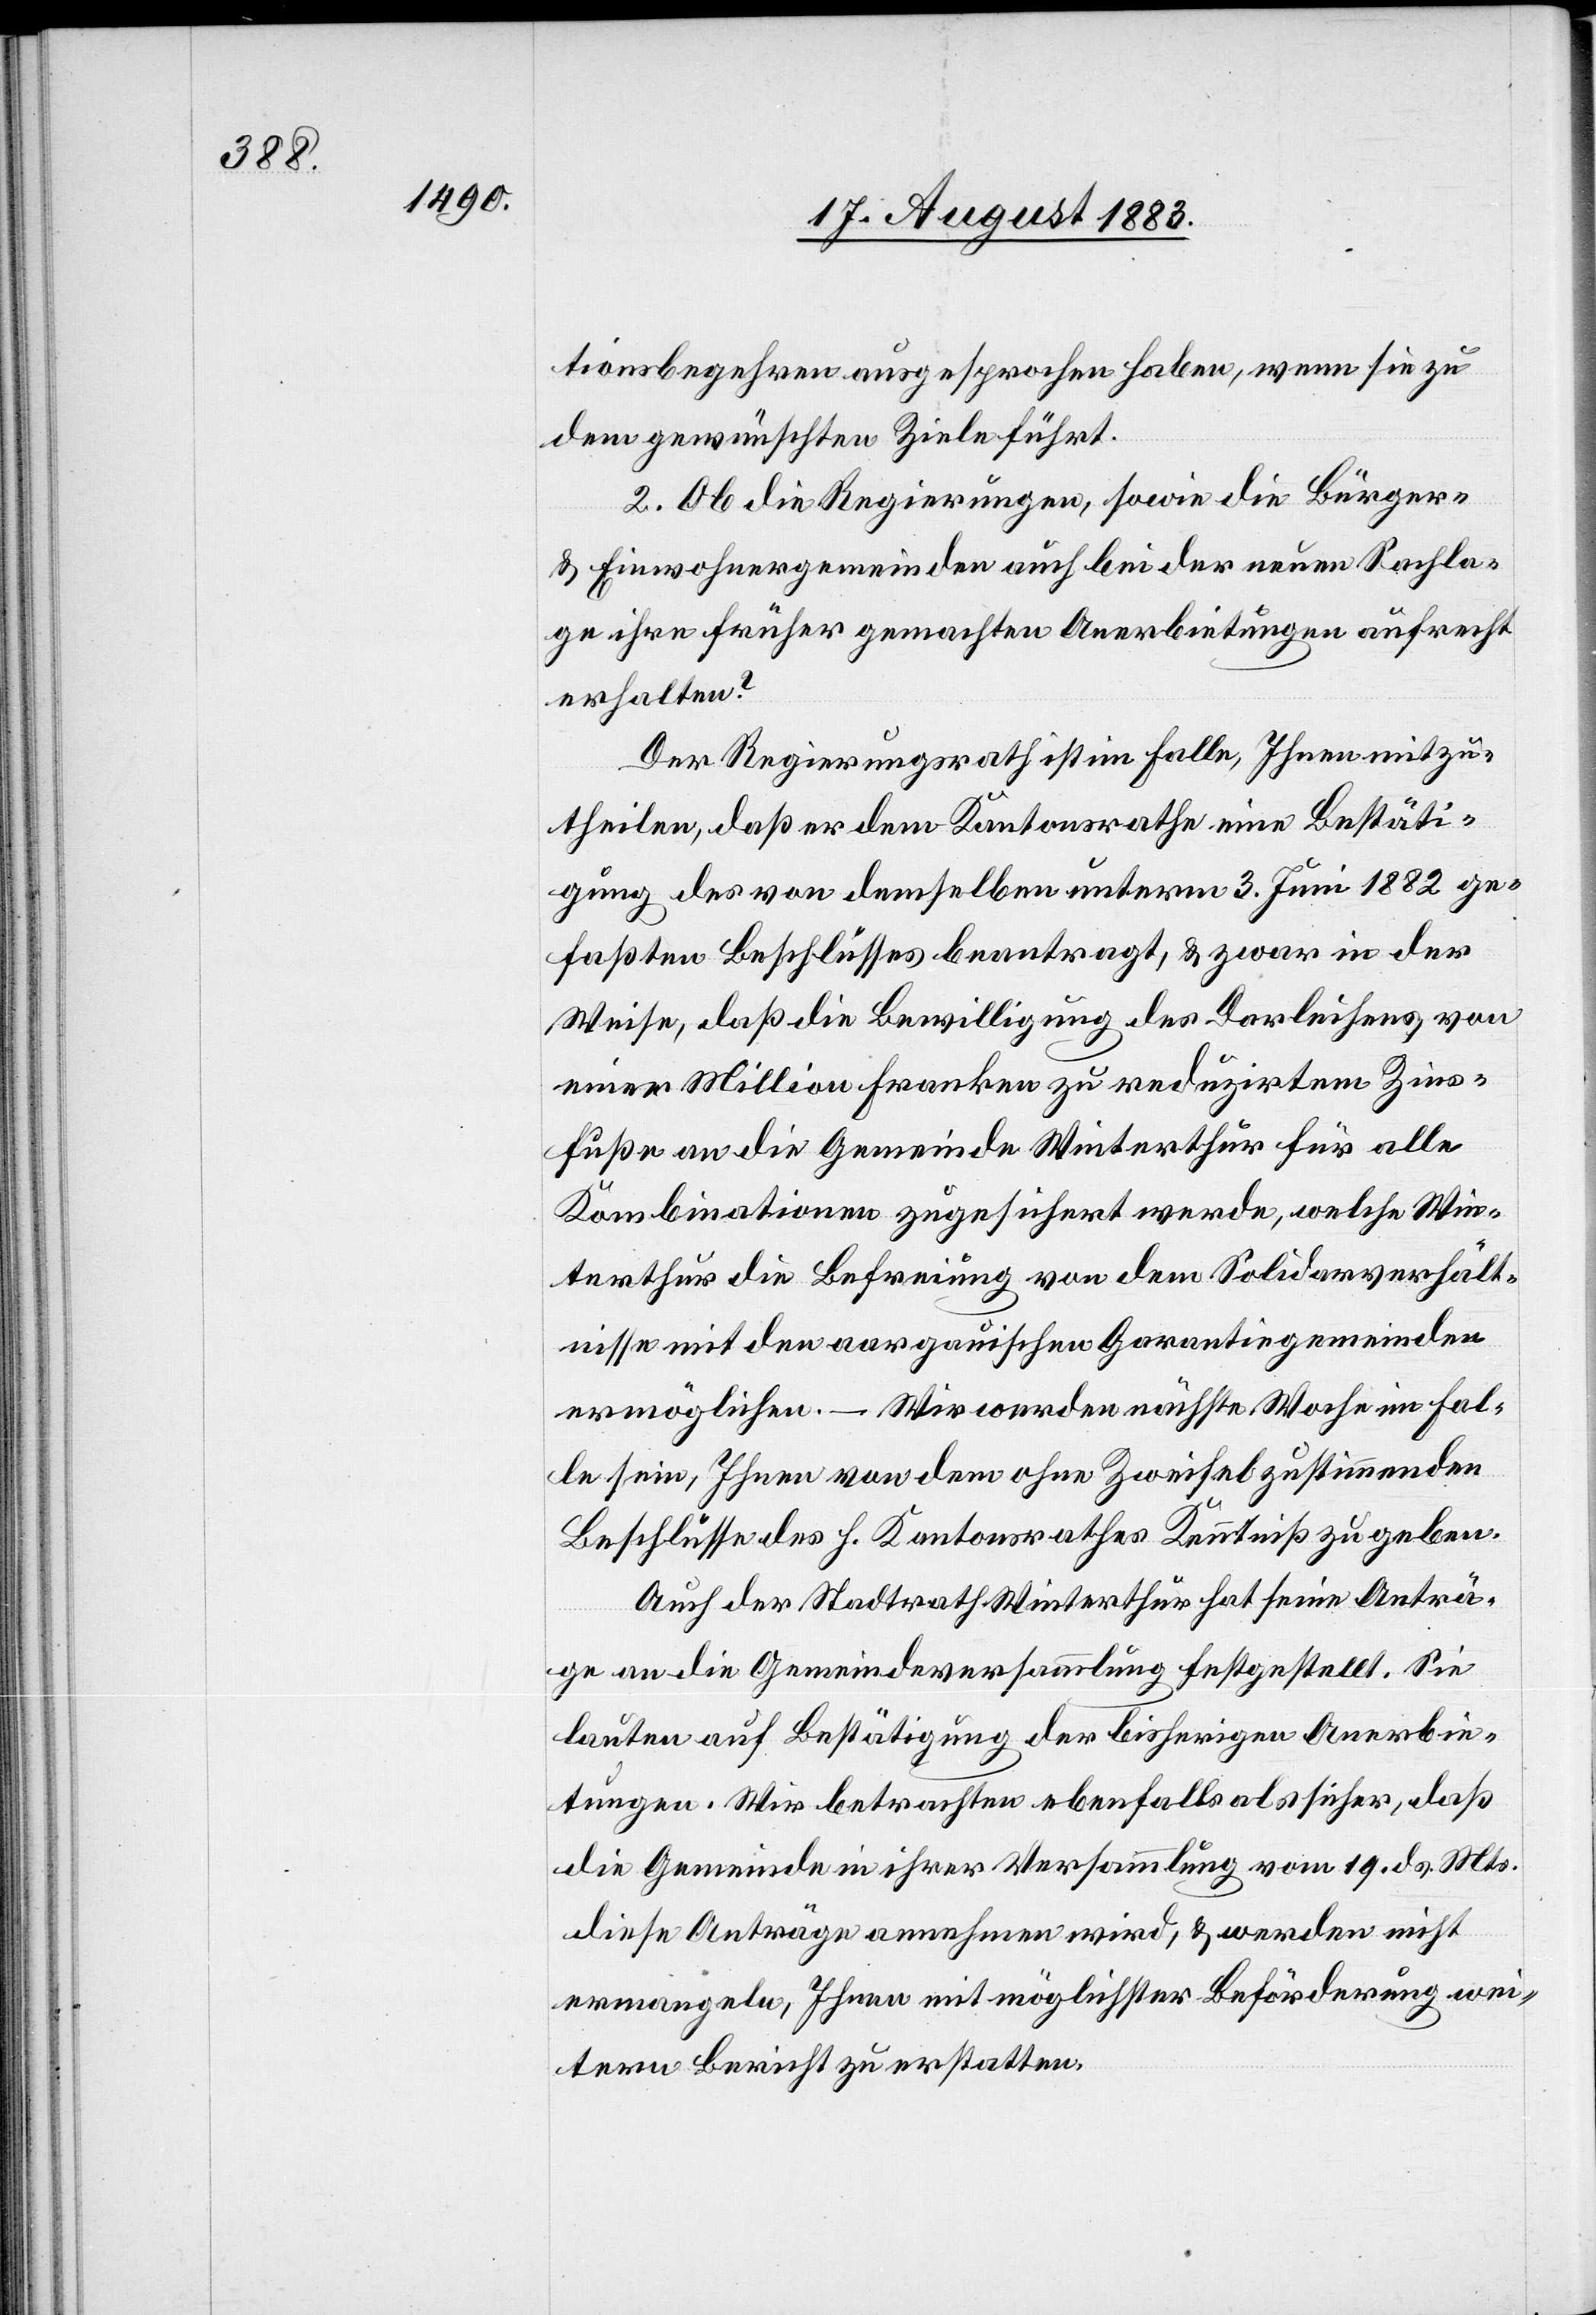
tionsbegehren ausgesprochen haben, wenn sie zu
dem gewünschten Ziele führt.
2. Ob die Regierungen, sowie die Bürger-
& Einwohnergemeinden auch bei der neuen Sachla¬
ge ihre früher gemachten Anerbietungen aufrecht
erhalten?
Der Regierungsrath ist im Falle, Ihnen mitzu¬
theilen, daß er dem Kantonsrathe eine Bestäti¬
gung des von demselben unterm 3. Juni 1882 ge¬
faßten Beschlusses beantragt, & zwar in der
Weise, daß die Bewilligung des Darleihens von
einer Million Franken zu reduzirtem Zins¬
fuße an die Gemeinde Winterthur für alle
Kombinationen zugesichert werde, welche Win¬
terthur die Befreiung von dem Solidarverhält¬
nisse mit den aargauischen Garantiegemeinden
ermöglichen. – Wir werden nächste Woche im Fal¬
le sein, Ihnen von dem ohne Zweifel zustimmenden
Beschlusse des h. Kantonsrathes Kenntniß zu geben.
Auch der Stadtrath Winterthur hat seine Anträ¬
ge an die Gemeindeversammlung festgestellt. Sie
lauten auf Bestätigung der bisherigen Anerbie¬
tungen. Wir betrachten ebenfalls als sicher, daß
die Gemeinde in ihrer Versammlung vom 19. ds. Mts.
diese Anträge annehmen wird, & werden nicht
ermangeln, Ihnen mit möglichster Beförderung wei¬
tern Bericht zu erstatten.